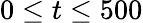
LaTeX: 0\le t\le 500